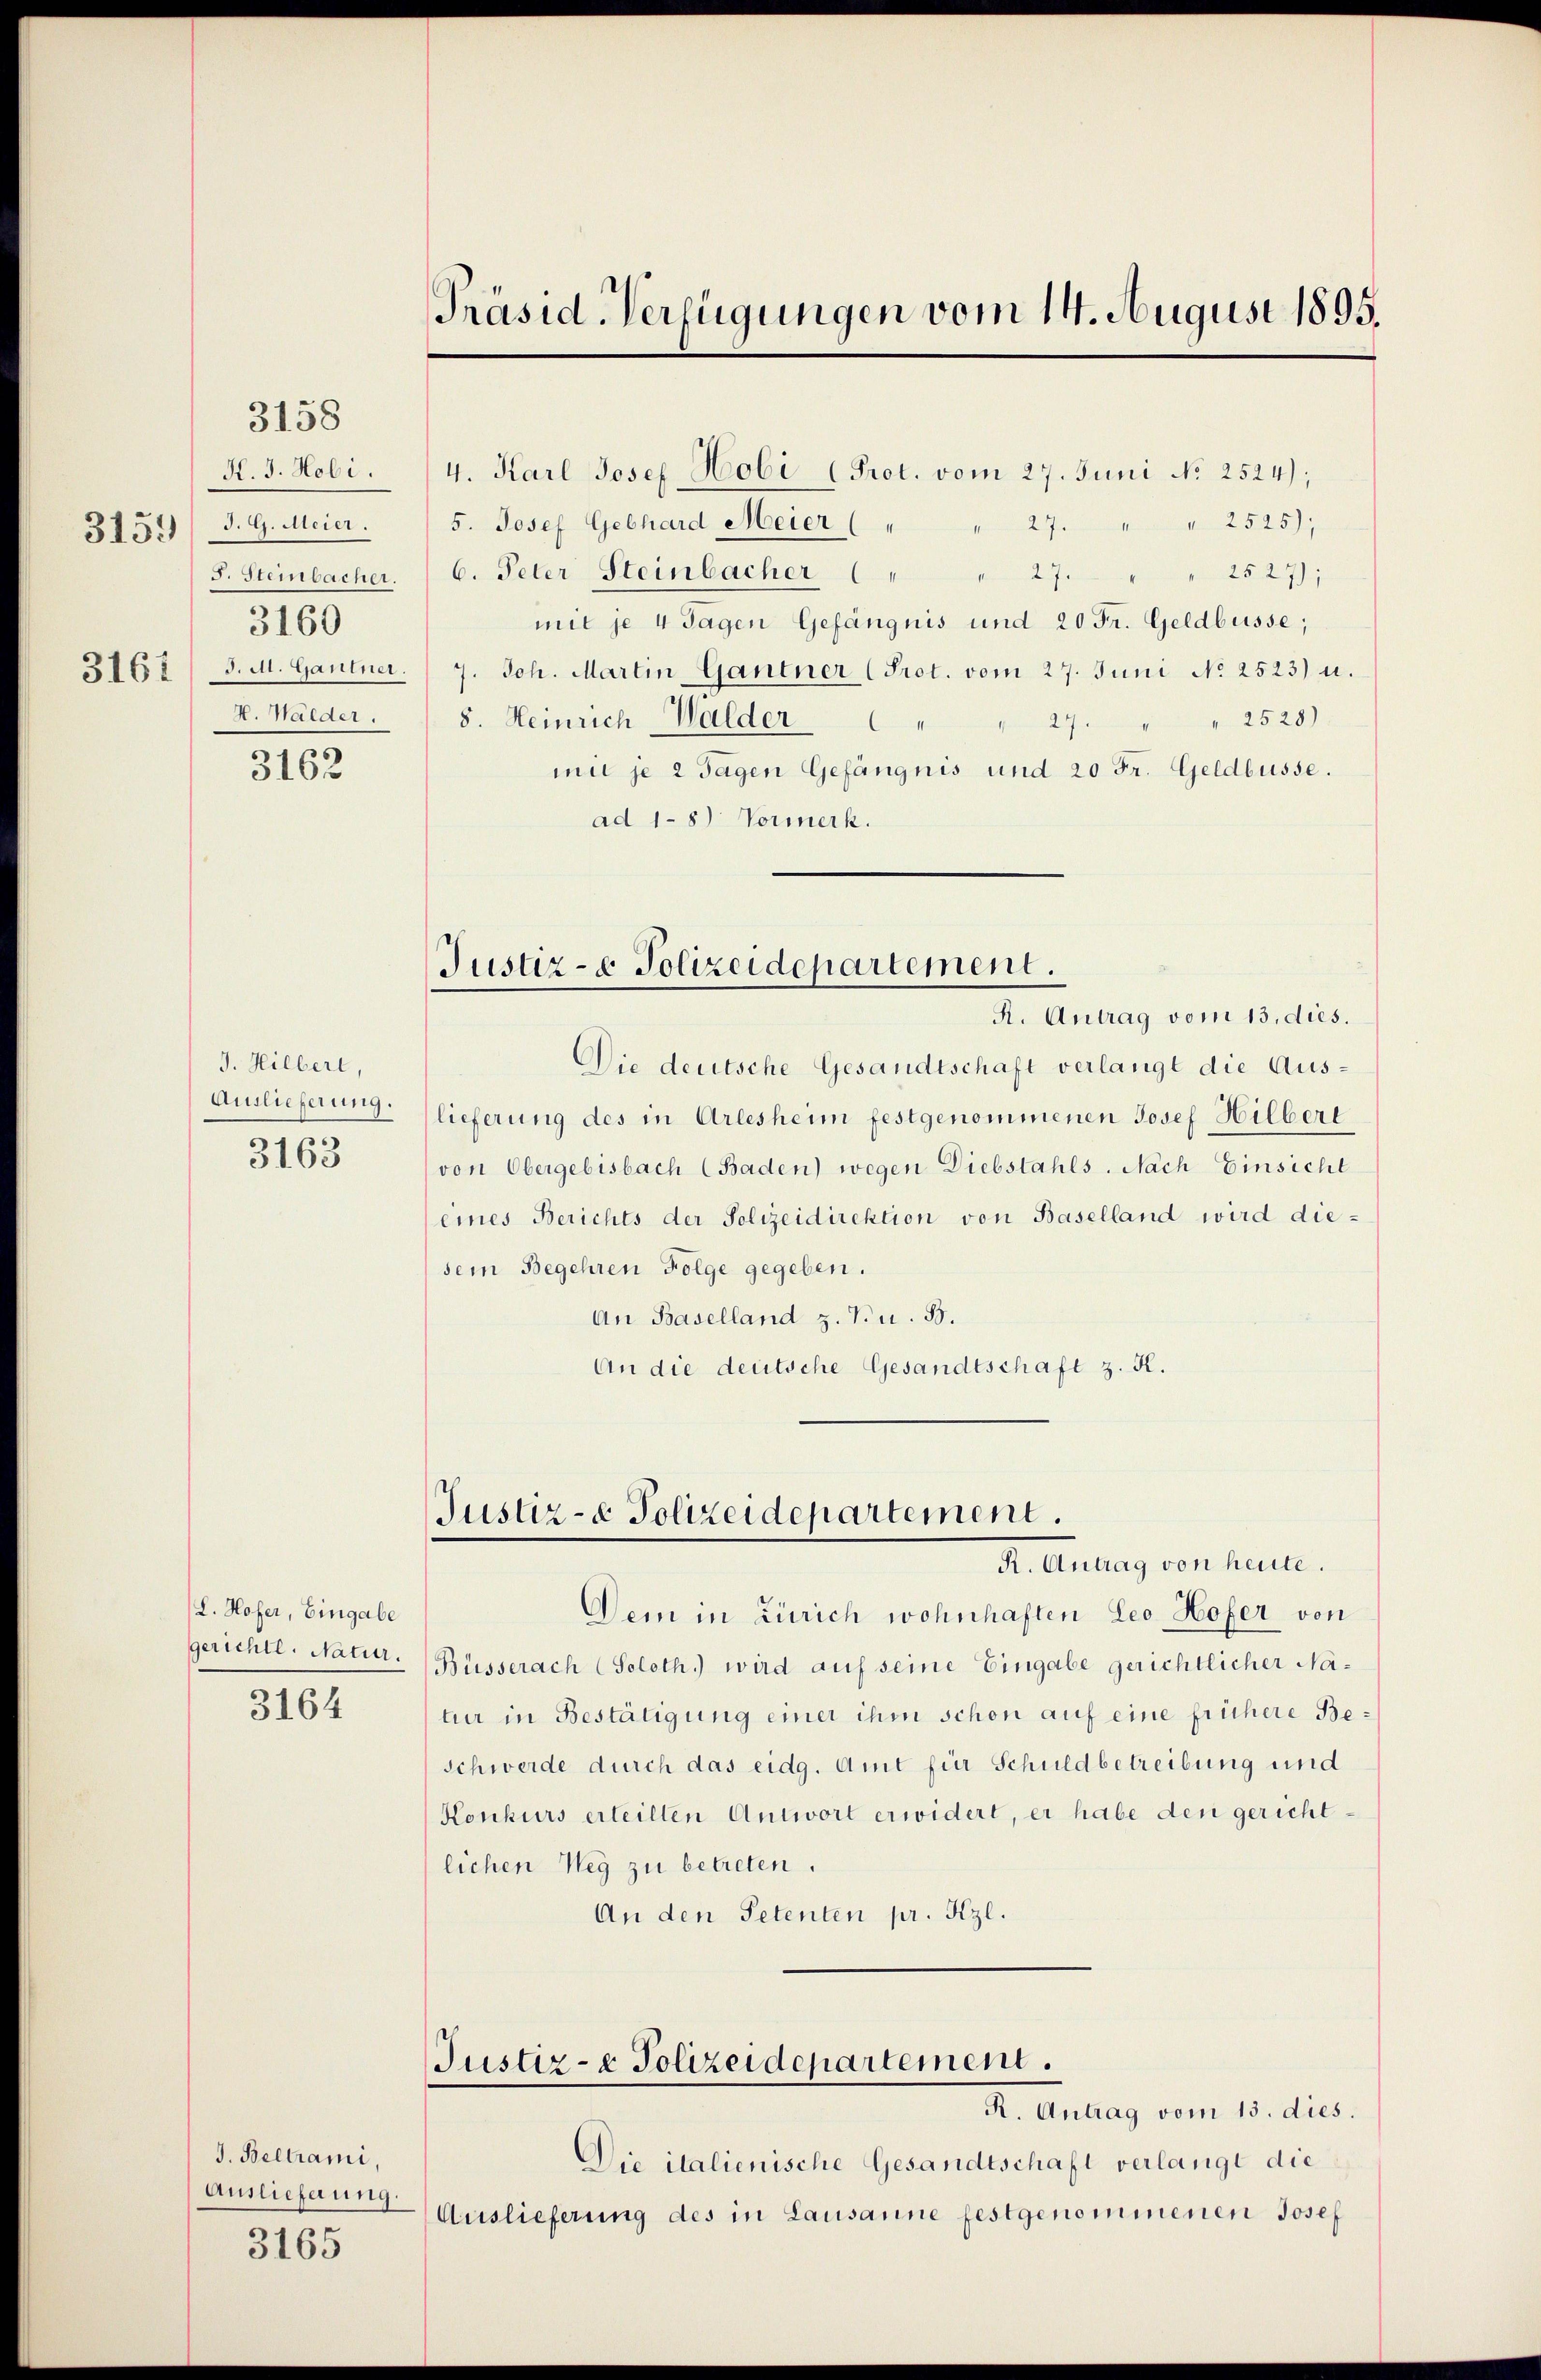
N. J. Hobi.
3159) d. G. Meier.
3160
A. Walder.

3158

3162

J. Hilbert,
Auslieferung.
3163

(L. Hofer, Eingabe
gerichte. Natur.
3164

J. Beltrami,
Auslieferung.
3165

Präsid. Verfügungen vom 14. August 1895.

4. Karl Josef Hobi (Prot. vom 27. Juni No 2524);
5. Josef Gebhard Meier (
" 27. " " 2525);
2527);
F. Steinbacher. C. Peter Steinbacher ( " " 27. "
mit je 4 Tagen Gefängnis und 20 Fr. Geldbusse;
3162/ J. M. Gantner.  7. Joh. Martin Gantner (Prot. vom 27. Juni No 2523) u.
2528)
8. Heinrich Walder " " 27.
mit je 2 Tagen Gefängnis und 20 Fr. Geldbusse.
ad 1-8) Vormerk.

Justiz- & Polizeidepartement.

R. Antrag vom 13. dies.
Die deutsche Gesandtschaft verlangt die Auslieferung des in Arlesheim festgenommenen Josef Hilbert
von Obergebisbach (Baden) wegen Diebstahls. Nach Einsicht
(eines Berichts der Polizeidirektion von Baselland wird diesein Begehren Folge gegeben.
An Baselland z. B. u. B.
An die deutsche Gesandtschaft z. K.

Justiz- & Polizeidepartement.
R. Antrag von heute.

Justiz- & Polizeidepartement.

Dem in Zürich wohnhaften Leo Hofer von
Büsserach (Soloth.) wird auf seine Eingabe gerichtlicher Natur in Bestätigung einer ihm schon auf eine frühere Beschwerde durch das eidg. Amt für Schuldbetreibung und
Konkurs erteilten Antwort erwidert, er habe den gerichtlichen Weg zu betreten.
An den Petenten pr. Kzl.

R. Antrag vom 15. dies.
Die italienische Gesandtschaft verlangt die
Auslieferung des in Lausanne festgenommenen Josef